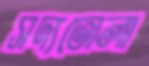
সদ্যতোলা